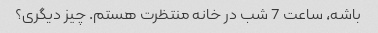
باشه، ساعت 7 شب در خانه منتظرت هستم. چیز دیگری؟